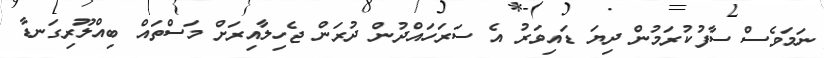
ނަމަވެސް ސާފުކުރަމުން ދިޔަ ޑައިވަރު އެ ސަރަހައްދުން ދުރަން ޖެހިލާއިރަށް މަސްތައް ބިއްލޫރިގަނޑާ